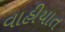
વાહીયાત